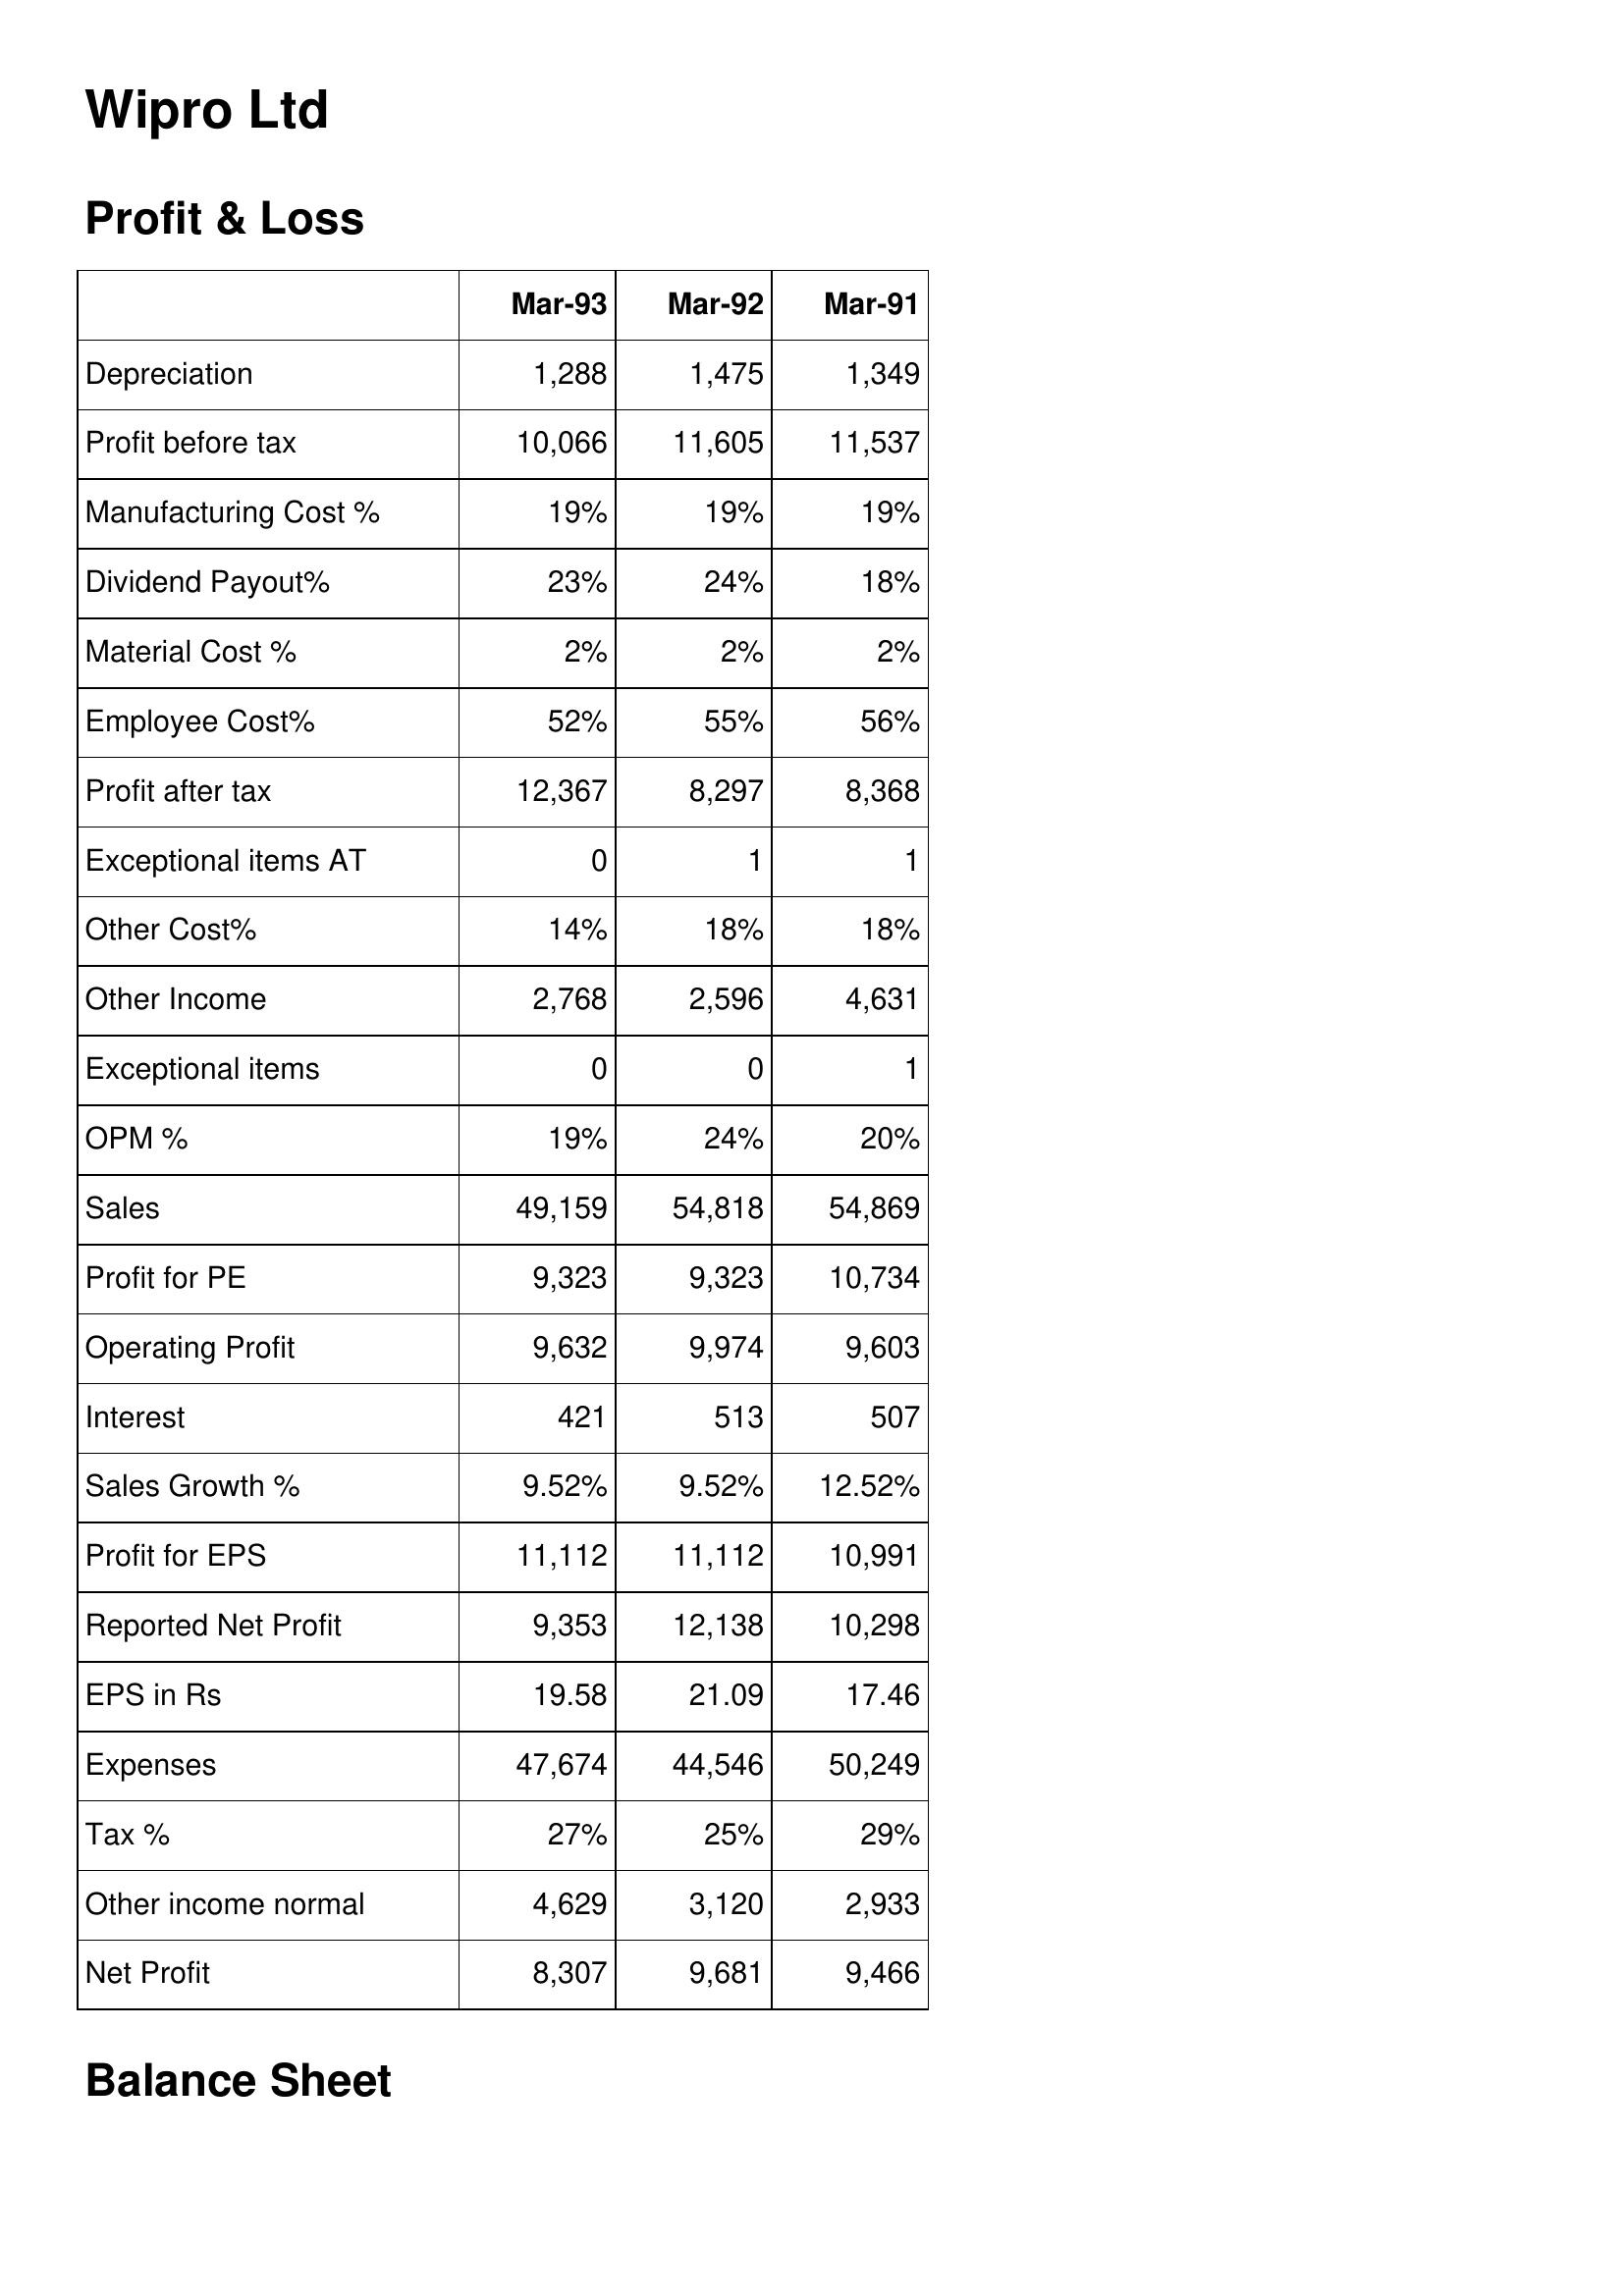
Mar-93: Profit & Loss: Depreciation: 1,288
Profit before tax: 10,066
Manufacturing Cost %: 19%
Dividend Payout%: 23%
Material Cost %: 2%
Employee Cost%: 52%
Profit after tax: 12,367
Exceptional items AT: 0
Other Cost%: 14%
Other Income: 2,768
Exceptional items: 0
OPM %: 19%
Sales: 49,159
Profit for PE: 9,323
Operating Profit: 9,632
Interest: 421
Sales Growth %: 9.52%
Profit for EPS: 11,112
Reported Net Profit: 9,353
EPS in Rs: 19.58
Expenses: 47,674
Tax %: 27%
Other income normal: 4,629
Net Profit: 8,307
Mar-92: Profit & Loss: Depreciation: 1,475
Profit before tax: 11,605
Manufacturing Cost %: 19%
Dividend Payout%: 24%
Material Cost %: 2%
Employee Cost%: 55%
Profit after tax: 8,297
Exceptional items AT: 1
Other Cost%: 18%
Other Income: 2,596
Exceptional items: 0
OPM %: 24%
Sales: 54,818
Profit for PE: 9,323
Operating Profit: 9,974
Interest: 513
Sales Growth %: 9.52%
Profit for EPS: 11,112
Reported Net Profit: 12,138
EPS in Rs: 21.09
Expenses: 44,546
Tax %: 25%
Other income normal: 3,120
Net Profit: 9,681
Mar-91: Profit & Loss: Depreciation: 1,349
Profit before tax: 11,537
Manufacturing Cost %: 19%
Dividend Payout%: 18%
Material Cost %: 2%
Employee Cost%: 56%
Profit after tax: 8,368
Exceptional items AT: 1
Other Cost%: 18%
Other Income: 4,631
Exceptional items: 1
OPM %: 20%
Sales: 54,869
Profit for PE: 10,734
Operating Profit: 9,603
Interest: 507
Sales Growth %: 12.52%
Profit for EPS: 10,991
Reported Net Profit: 10,298
EPS in Rs: 17.46
Expenses: 50,249
Tax %: 29%
Other income normal: 2,933
Net Profit: 9,466